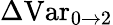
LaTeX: \Delta\mathrm{Var}_{0\rightarrow 2}